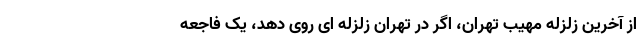
از آخرین زلزله مهیب تهران، اگر در تهران زلزله ای روی دهد، یک فاجعه